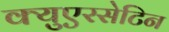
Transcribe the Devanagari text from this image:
क्युएरसेटिन